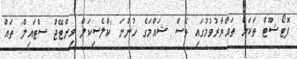
ފޮޓޯޝޫޓް ތަކަށް ތައްޔާރުވުމުގައި ވެސް ޝައްމަގެ ހުންނަ 'ކްލެސިކަލް ވިންޓޭޖް ސްޓައިލް' ތައް